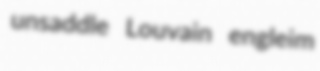
unsaddle Louvain engleim